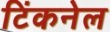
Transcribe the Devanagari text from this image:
टिंकनेल